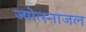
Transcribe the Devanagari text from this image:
ज्योत्स्नाजल